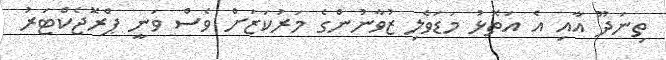
ތިނަދޫ އާއި އެ އަތޮޅު މަޑަވެލި ޒުވާނުންގެ މަރުކަޒަށް ވެސް ވަނީ ޕްރޮޖެކްޓަރު